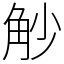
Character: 觘